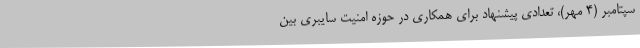
سپتامبر (4 مهر)، تعدادی پیشنهاد برای همکاری در حوزه امنیت سایبری بین